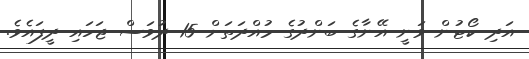
އަދި ކޯޓުން ވަނީ އޭނާގެ ބަންދުގެ މުއްދަތަށް 15 ދުވަސް ޖަހައި ދީފައެވެ.